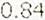
0.84